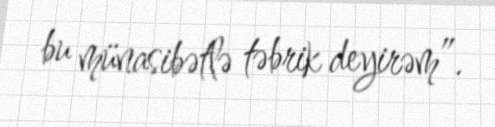
bu münasibətlə təbrik deyirəm”.